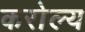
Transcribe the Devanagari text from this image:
करोल्य